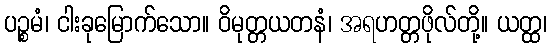
ပဉ္စမံ၊ ငါးခုမြောက်သော။ ဝိမုတ္တယတနံ၊ အရဟတ္တဖိုလ်တို့။ ယတ္ထ၊